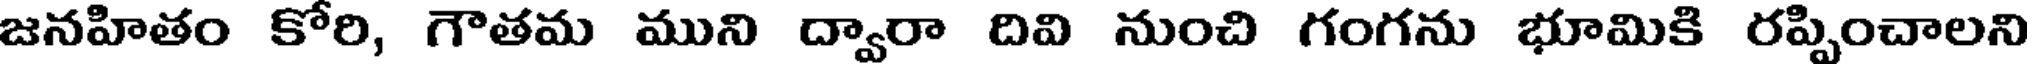
జనహితం కోరి, గౌతమ ముని ద్వారా దివి నుంచి గంగను భూమికి రప్పించాలని